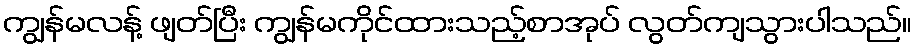
ကျွန်မလန့် ဖျတ်ပြီး ကျွန်မကိုင်ထားသည့်စာအုပ် လွတ်ကျသွားပါသည်။